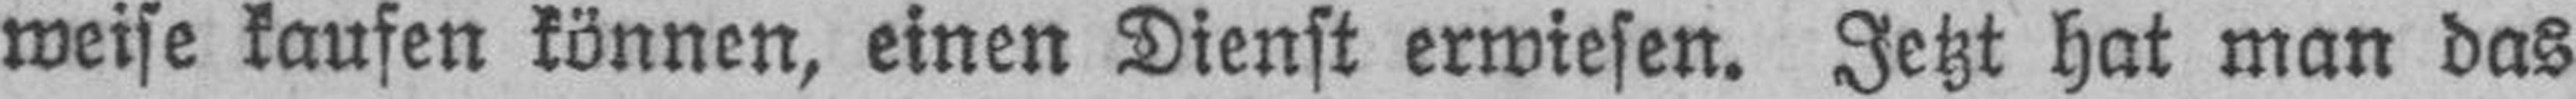
weise kaufen können, einen Dienst erwiesen. Jetzt hat man das